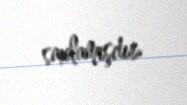
saxlamışdır.